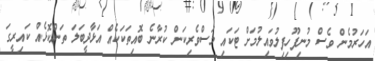
އަހަރުމެން ވެސް މުނިފޫހިފިލުވައިލުމަށް ޓަކައި މަސްވެރިކަން ކުރާނެ ބޮއިތަކަކެއް އަޅާދީބަލަ ތަންކޮޅެއް ކައިރީގަ